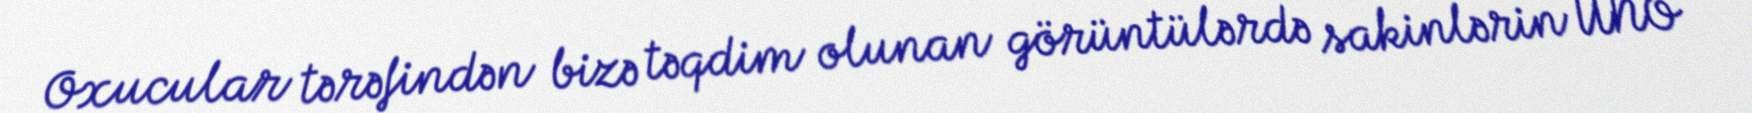
Oxucular tərəfindən bizə təqdim olunan görüntülərdə sakinlərin UNO